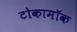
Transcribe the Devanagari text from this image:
टोकामॉक